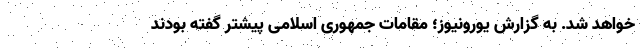
خواهد شد. به گزارش یورونیوز؛ مقامات جمهوری اسلامی پیشتر گفته بودند